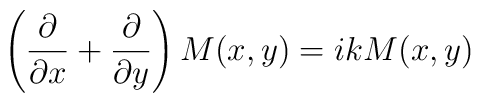
\left( \frac{\partial }{\partial x}+\frac{\partial }{\partial y}\right)M(x,y)=ikM(x,y)